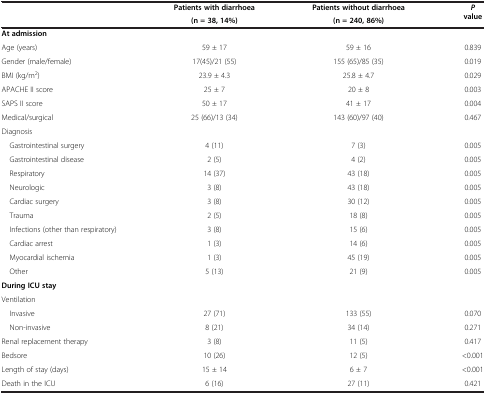
| <ROWSPAN=2>  | Patients with diarrhoea | Patients without diarrhoea | <ROWSPAN=2> P value |
 | (n = 38, 14%) | (n = 240, 86%) |
 | --- | --- | --- | --- |
 | At admission |  |  |  |
 | Age (years) | 59 ± 17 | 59 ± 16 | 0.839 |
 | Gender (male/female) | 17(45)/21 (55) | 155 (65)/85 (35) | 0.019 |
 | BMI (kg/m2) | 23.9 ± 4.3 | 25.8 ± 4.7 | 0.029 |
 | APACHE II score | 25 ± 7 | 20 ± 8 | 0.003 |
 | SAPS II score | 50 ± 17 | 41 ± 17 | 0.004 |
 | Medical/surgical | 25 (66)/13 (34) | 143 (60)/97 (40) | 0.467 |
 | Diagnosis |  |  |  |
 | Gastrointestinal surgery | 4 (11) | 7 (3) | 0.005 |
 | Gastrointestinal disease | 2 (5) | 4 (2) | 0.005 |
 | Respiratory | 14 (37) | 43 (18) | 0.005 |
 | Neurologic | 3 (8) | 43 (18) | 0.005 |
 | Cardiac surgery | 3 (8) | 30 (12) | 0.005 |
 | Trauma | 2 (5) | 18 (8) | 0.005 |
 | Infections (other than respiratory) | 3 (8) | 15 (6) | 0.005 |
 | Cardiac arrest | 1 (3) | 14 (6) | 0.005 |
 | Myocardial ischemia | 1 (3) | 45 (19) | 0.005 |
 | Other | 5 (13) | 21 (9) | 0.005 |
 | During ICU stay |  |  |  |
 | Ventilation |  |  |  |
 | Invasive | 27 (71) | 133 (55) | 0.070 |
 | Non-invasive | 8 (21) | 34 (14) | 0.271 |
 | Renal replacement therapy | 3 (8) | 11 (5) | 0.417 |
 | Bedsore | 10 (26) | 12 (5) | <0.001 |
 | Length of stay (days) | 15 ± 14 | 6 ± 7 | <0.001 |
 | Death in the ICU | 6 (16) | 27 (11) | 0.421 |